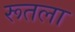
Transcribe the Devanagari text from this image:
रूतला